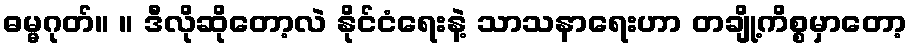
ဓမ္မဂုတ်။ ။ ဒီလိုဆိုတော့လဲ နိုင်ငံရေးနဲ့ သာသနာရေးဟာ တချို့ကိစ္စမှာတော့